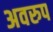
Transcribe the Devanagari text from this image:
अवरुप